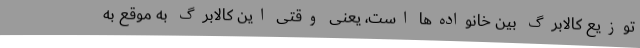
توزیع کالابرگ بین خانواده‌ها است، یعنی وقتی این کالابرگ به موقع به